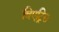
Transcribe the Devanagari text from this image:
बिएट्रिस